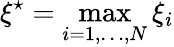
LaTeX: \xi^{\star}=\operatorname*{max}_{i=1,\dots,N}\xi_{i}